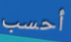
أحسب